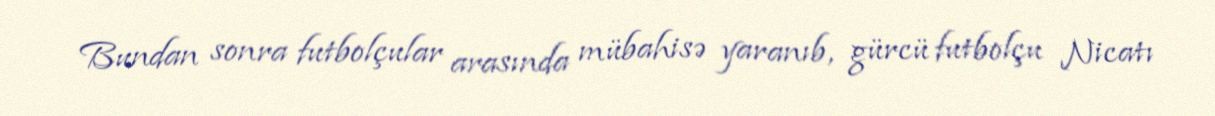
Bundan sonra futbolçular arasında mübahisə yaranıb, gürcü futbolçu Nicatı